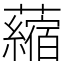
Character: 𧃴